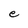
Character: e